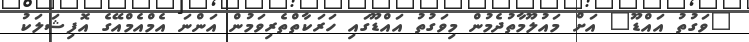
"ވަގުތު އައްޑޫ" އަށް މައުލޫމާތުދެމުން މިވަގުތު އައްޑޫގައި ހަރަކާތްތެރިވަމުން އަންނަ އެމްއެމްއޭގެ އޮފިޝަލަކު